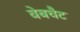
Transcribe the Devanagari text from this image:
वेबचैट